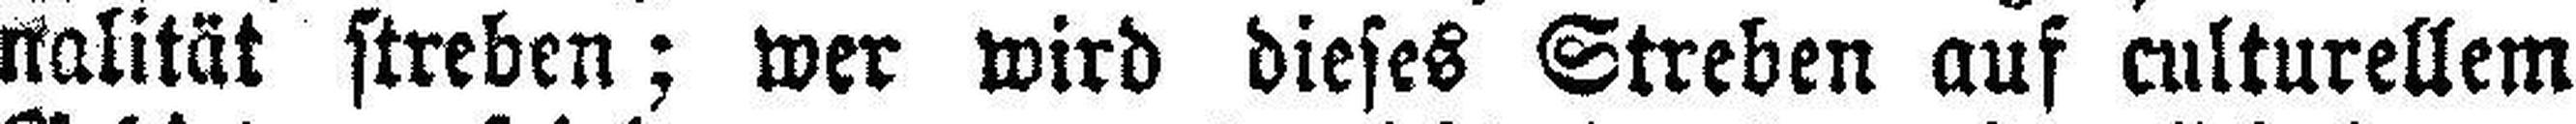
nalität streben; wer wird dieses Streben auf kulturellem